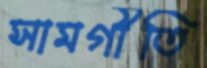
সামগীতি